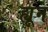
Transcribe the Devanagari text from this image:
ह्यून